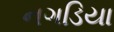
નગડિયા